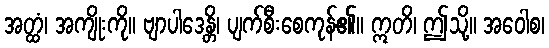
အတ္ထံ၊ အကျိုးကို။ ဗျာပါဒေန္တိ၊ ပျက်စီးစေကုန်၏။ ဣတိ၊ ဤသို့။ အဝေါစ၊